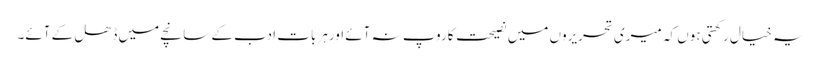
یہ خیال رکھتی ہوں کہ میری تحریروں میں نصیحت کاروپ نہ آئے اورہر بات ادب کے سانچے میں ڈھل کے آئے۔